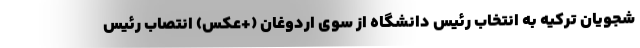
شجویان ترکیه به انتخاب رئیس دانشگاه از سوی اردوغان (+عکس) انتصاب رئیس